65_HS1-834228961_62-HQ-83894_SUB_A
Agency: FBI
Page 114
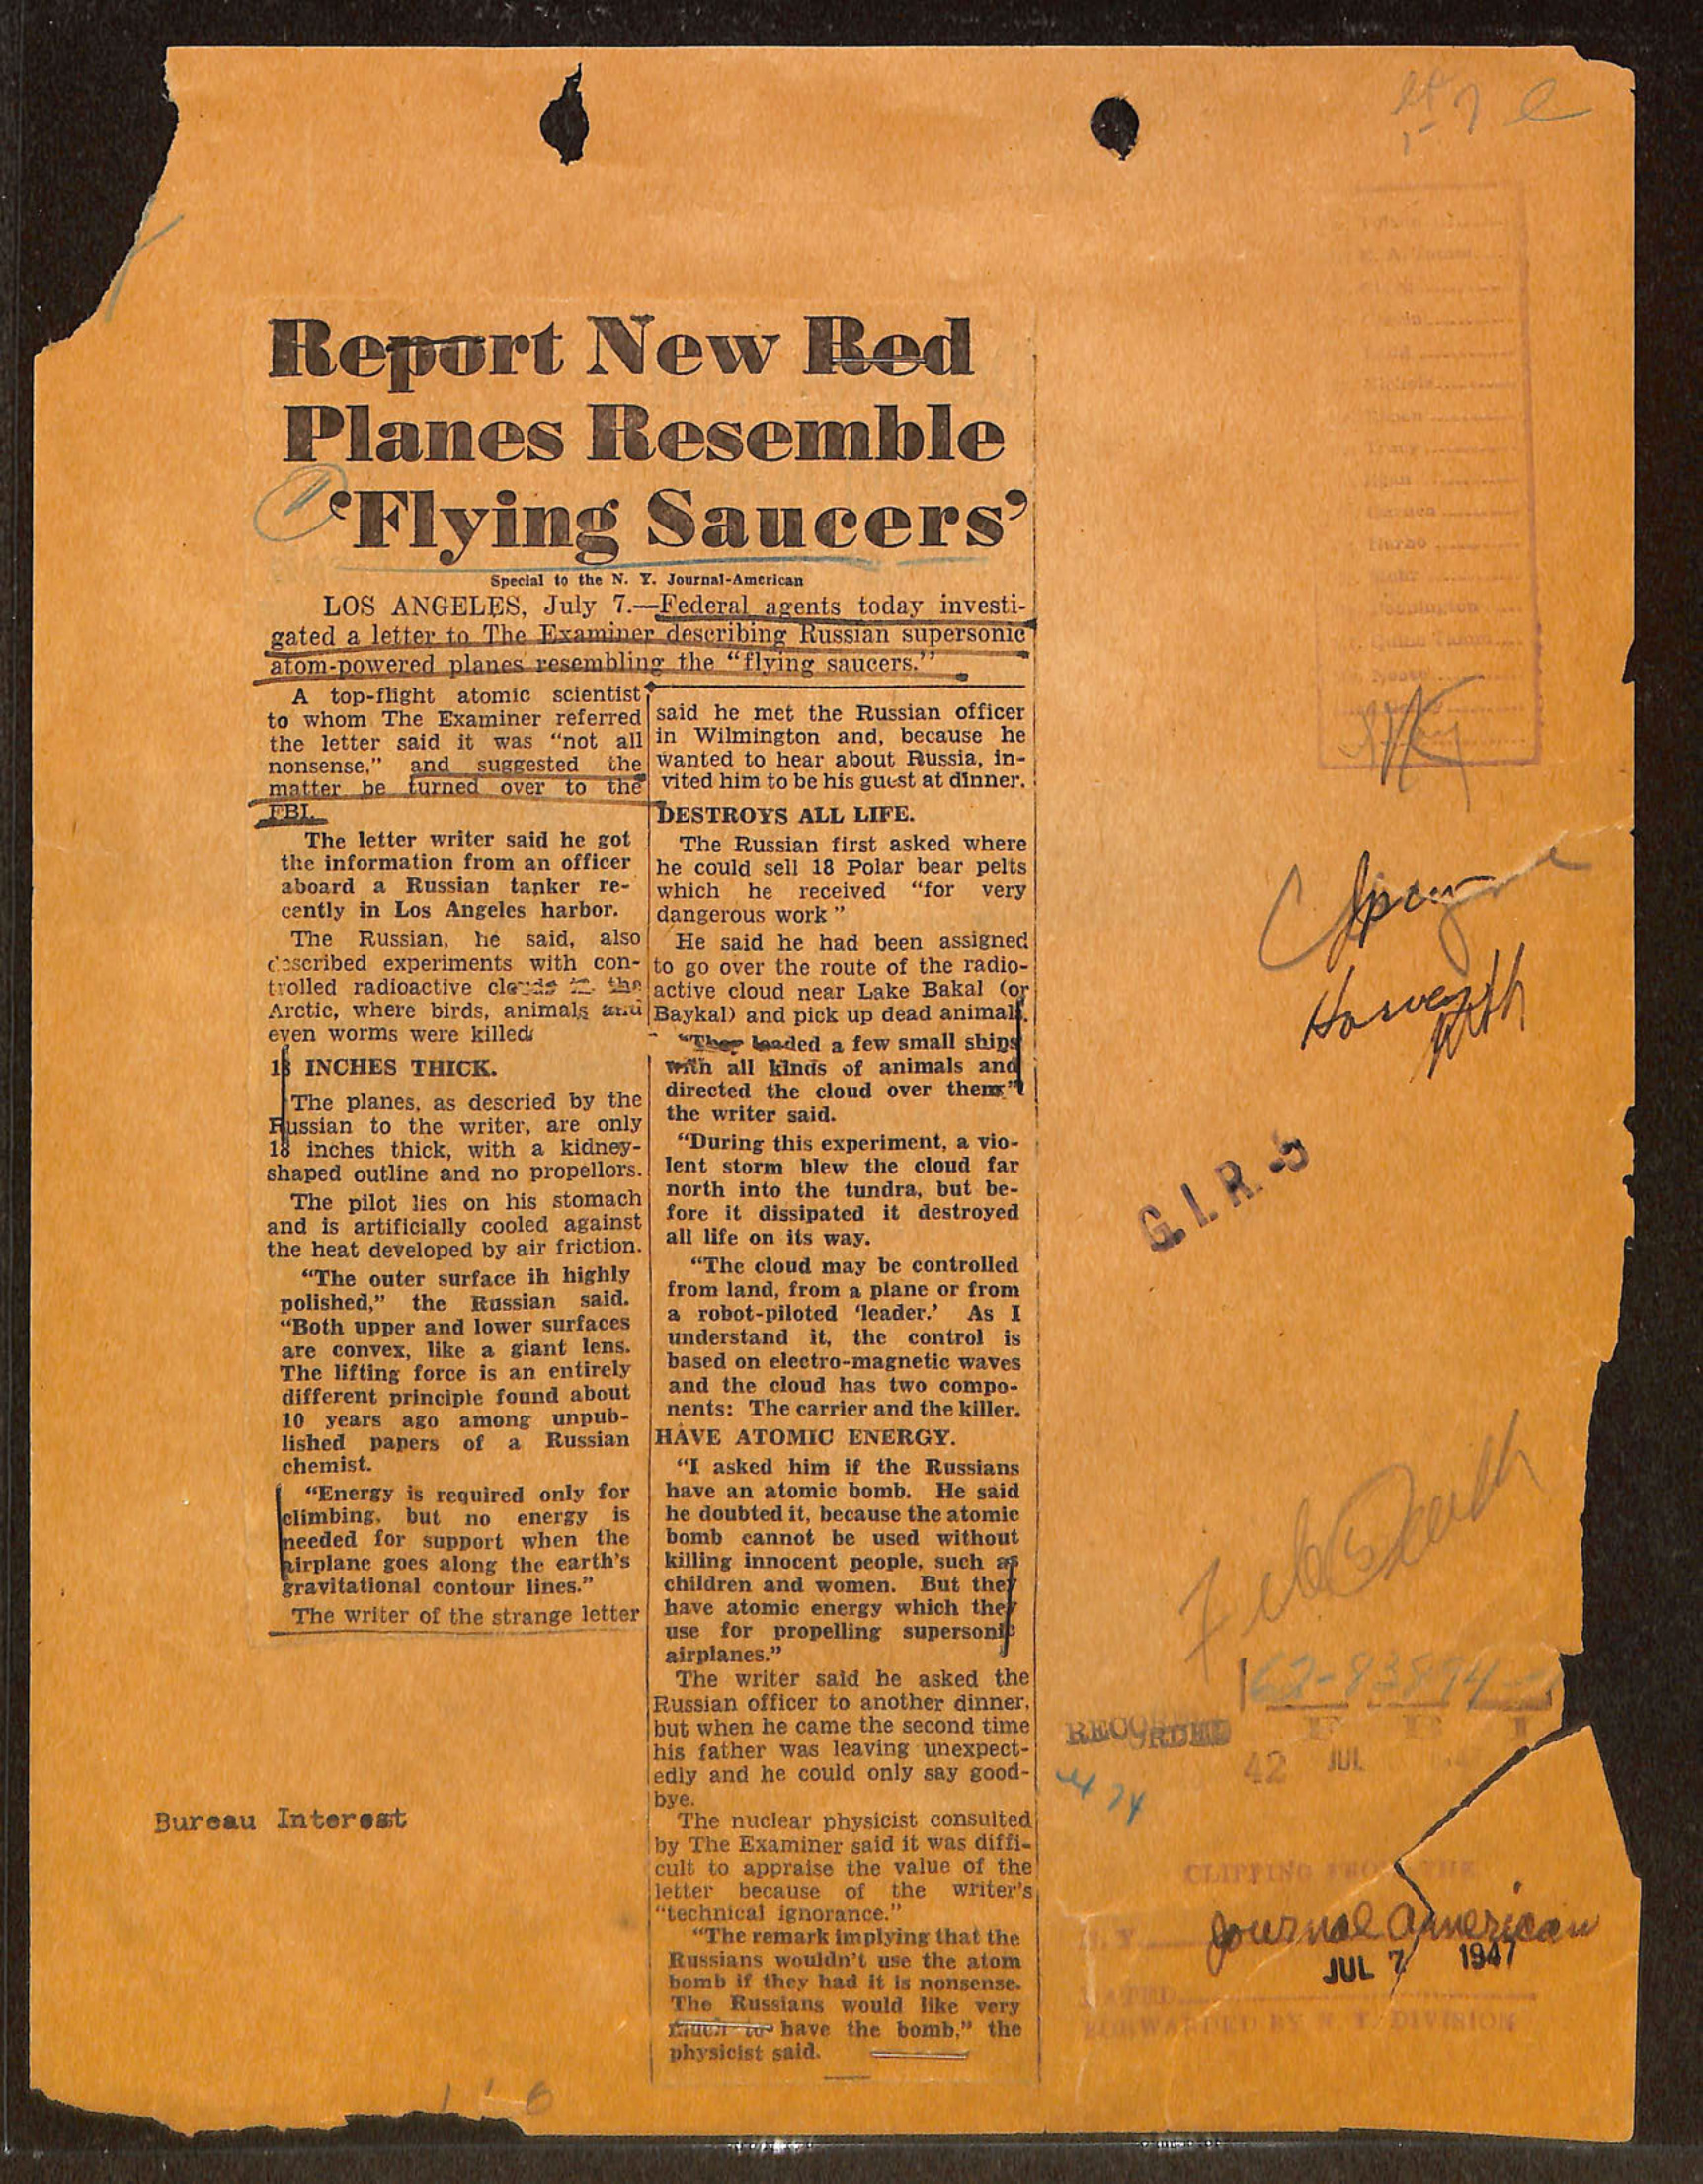